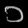
Digit: ၁